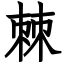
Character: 棘